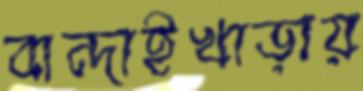
বান্দাইখাড়ায়